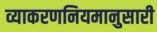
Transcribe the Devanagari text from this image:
व्याकरणनियमानुसारी